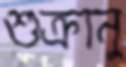
শুক্রানু